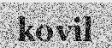
kovil